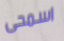
اسمحى